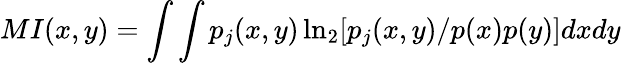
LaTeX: MI(x,y)=\int\int p_{j}(x,y)\ln_{2}[p_{j}(x,y)/p(x)p(y)]dxdy